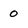
Character: 0